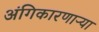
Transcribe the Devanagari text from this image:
अंगिकारणाऱ्या